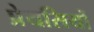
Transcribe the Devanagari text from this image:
प्रेयसियों